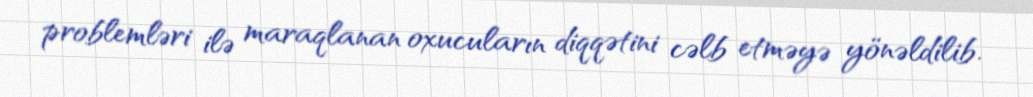
problemləri ilə maraqlanan oxucuların diqqətini cəlb etməyə yönəldilib.